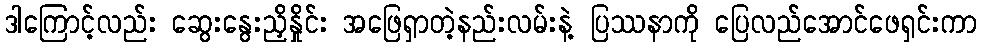
ဒါကြောင့်လည်း ဆွေးနွေးညှိနှိုင်း အဖြေရှာတဲ့နည်းလမ်းနဲ့ ပြဿနာကို ပြေလည်အောင်ဖေရှင်းကာ